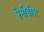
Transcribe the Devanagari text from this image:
रेमीडीज